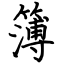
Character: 簿